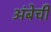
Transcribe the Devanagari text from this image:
अंबेची